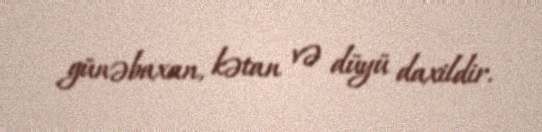
günəbaxan, kətan və düyü daxildir.